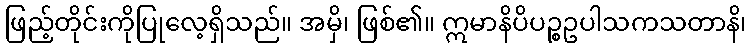
ဖြည့်တိုင်းကိုပြုလေ့ရှိသည်။ အမှိ၊ ဖြစ်၏။ ဣမာနိပိပဉ္စဥပါသကသတာနိ၊